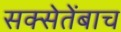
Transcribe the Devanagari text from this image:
सक्सेतेंबाच